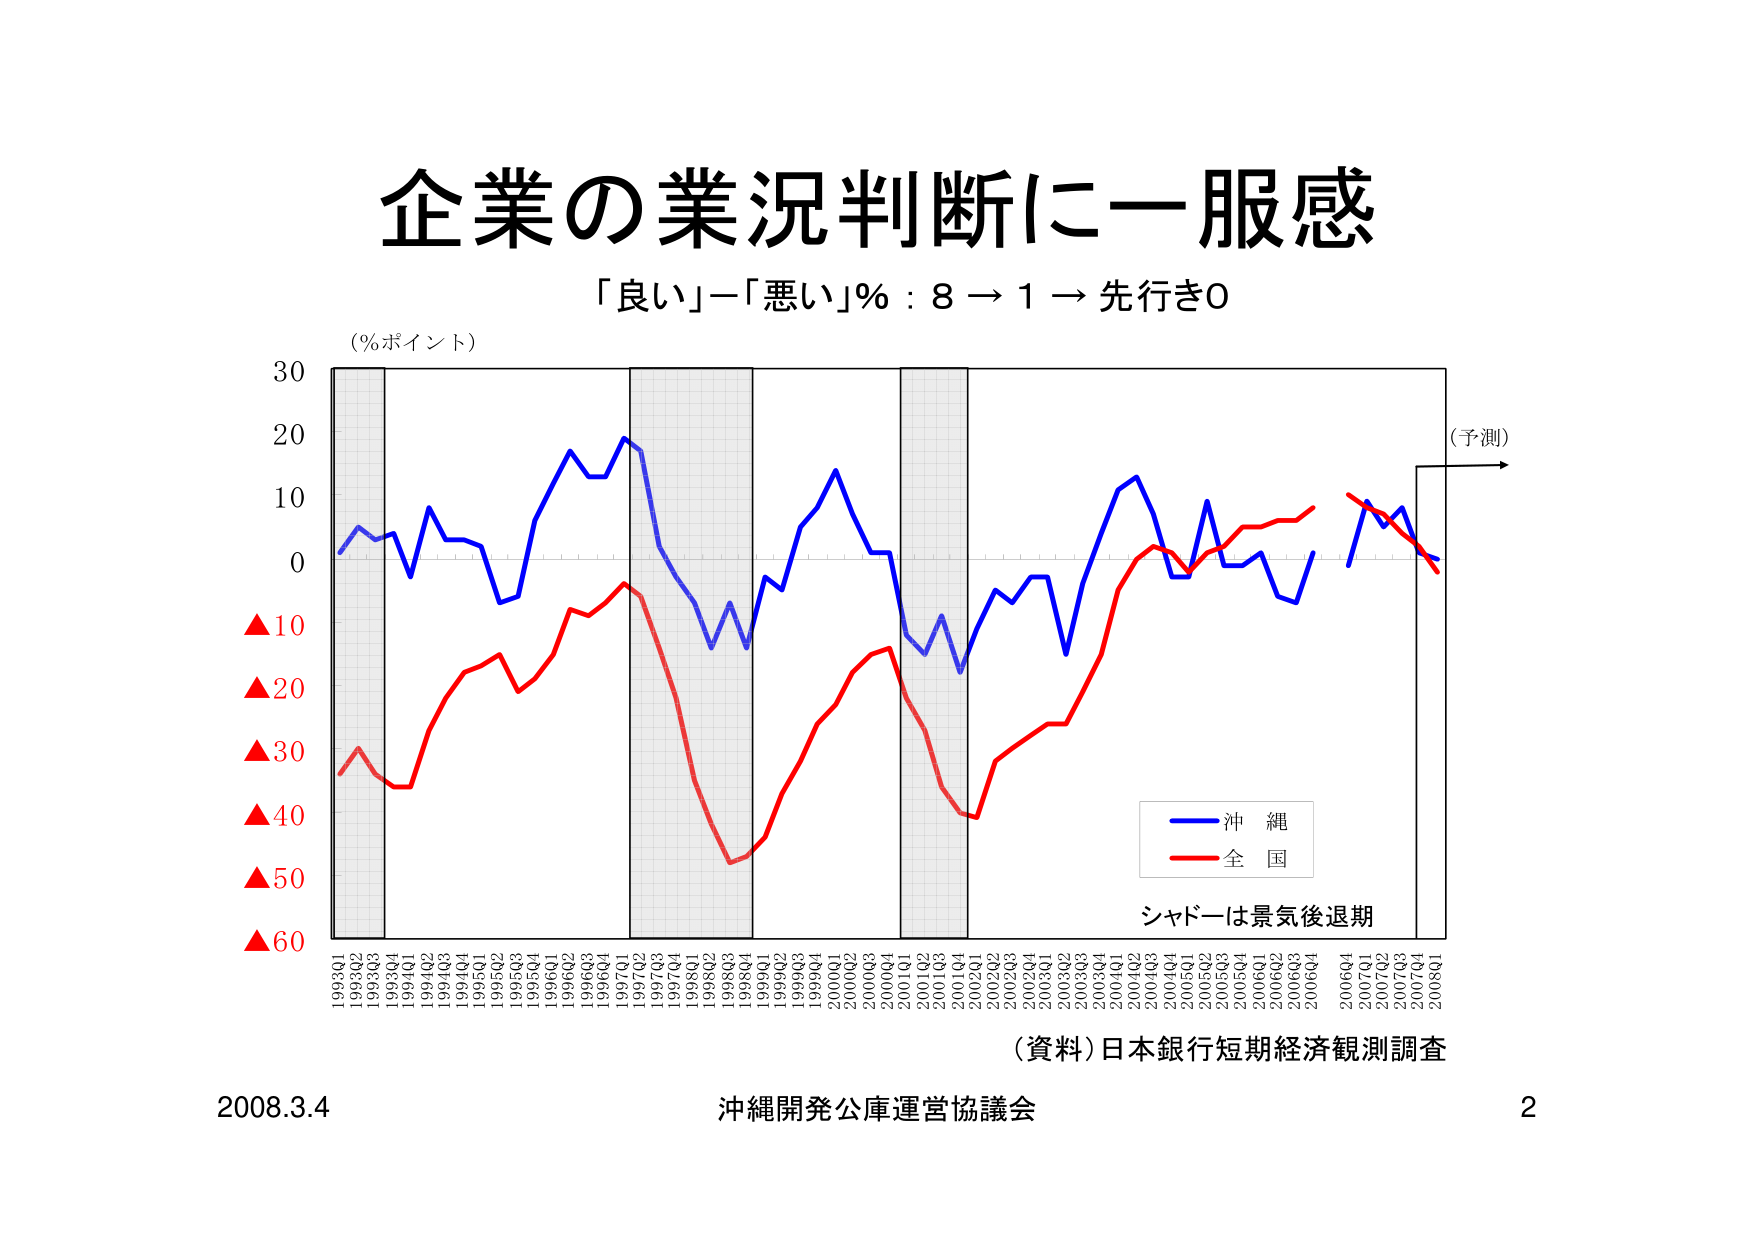
企業の業況判断に一服感
「良い」－「悪い」％：8 → 1 → 先行き0
（％ポイント）
（予測）
▲10
▲20
▲30
▲40
▲50
▲60
1993Q1
1993Q2
1993Q3
1993Q4
1994Q1
1994Q2
1994Q3
1994Q4
1995Q1
1995Q2
1995Q3
1995Q4
1996Q1
1996Q2
1996Q3
1996Q4
1997Q1
1997Q2
1997Q3
1997Q4
1998Q1
1998Q2
1998Q3
1998Q4
1999Q1
1999Q2
1999Q3
1999Q4
2000Q1
2000Q2
2000Q3
2000Q4
2001Q1
2001Q2
2001Q3
2001Q4
2002Q1
2002Q2
2002Q3
2002Q4
2003Q1
2003Q2
2003Q3
2003Q4
2004Q1
2004Q2
2004Q3
2004Q4
2005Q1
2005Q2
2005Q3
2005Q4
2006Q1
2006Q2
2006Q3
2006Q4
2007Q1
2007Q2
2007Q3
2007Q4
2008Q1
沖 縄
全 国
シャドーは景気後退期
（資料）日本銀行短期経済観測調査
2008.3.4
沖縄開発公庫運営協議会
2